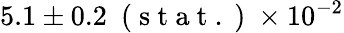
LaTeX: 5.1\pm 0.2\ \mathrm{~(~s~t~a~t~.~)~}\times 10^{-2}